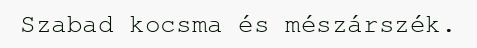
Szabad kocsma és mészárszék.